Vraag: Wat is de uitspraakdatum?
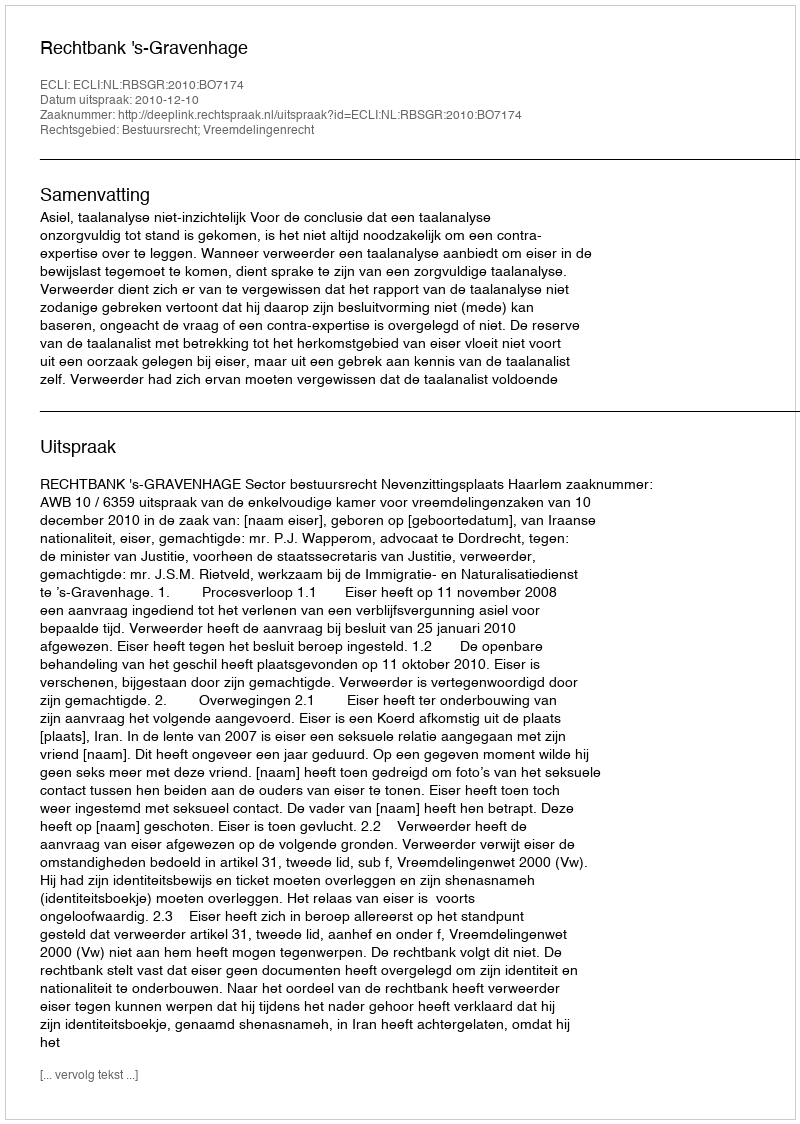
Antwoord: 2010-12-10